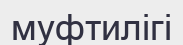
муфтилігі